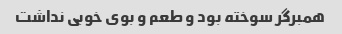
همبرگر سوخته بود و طعم و بوی خوبی نداشت